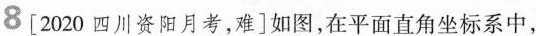
8[2020四川资阳月考，难]如图，在平面直角坐标系中，